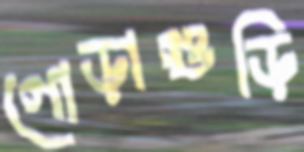
গোড়াগুড়ি